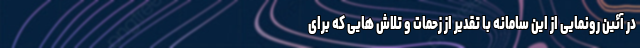
در آئین رونمایی از این سامانه با تقدیر از زحمات و تلاش هایی که برای